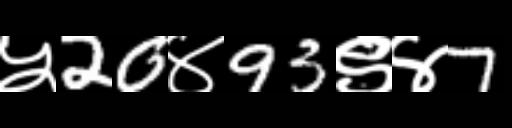
Text: ५20४93९४7